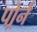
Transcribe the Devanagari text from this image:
पोर्र्न